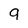
Character: 9